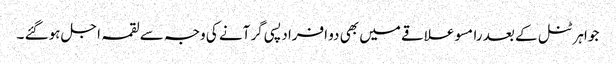
جواہر ٹنل کے بعد رامسو علاقے میں بھی دو افراد پسی گر آنے کی وجہ سے لقمہ اجل ہوگئے ۔